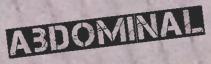
ABDOMINAL